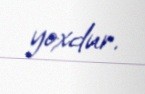
yoxdur.